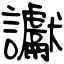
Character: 讞